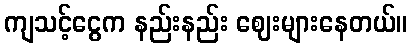
ကျသင့်ငွေက နည်းနည်း ဈေးများနေတယ်။